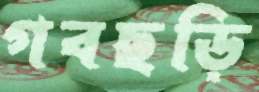
গবছড়ি